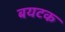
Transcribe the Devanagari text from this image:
बयटक